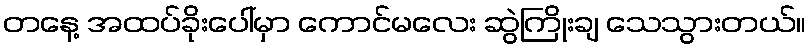
တနေ့ အထပ်ခိုးပေါ်မှာ ကောင်မလေး ဆွဲကြိုးချ သေသွားတယ်။